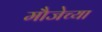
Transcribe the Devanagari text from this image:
मौजेच्या